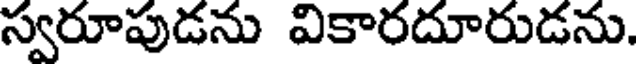
స్వరూపుడను వికారదూరుడను.